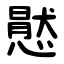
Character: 㦔